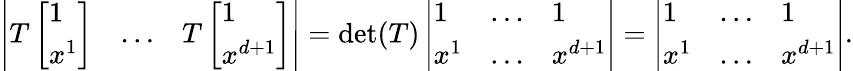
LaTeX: \left|\begin{array}{lll}{T\left[\begin{array}{l}{1}\\ {x^{1}}\end{array}\right]}&{\dots}&{T\left[\begin{array}{l}{1}\\ {x^{d+1}}\end{array}\right]}\end{array}\right|=\operatorname*{det}(T)\left|\begin{array}{lll}{1}&{\dots}&{1}\\ {x^{1}}&{\dots}&{x^{d+1}}\end{array}\right|=\left|\begin{array}{lll}{1}&{\dots}&{1}\\ {x^{1}}&{\dots}&{x^{d+1}}\end{array}\right|.